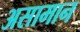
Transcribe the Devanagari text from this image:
असामान